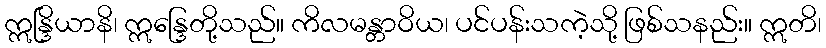
ဣန္ဒြိယာနိ၊ ဣန္ဒြေတို့သည်။ ကိလမန္တာဝိယ၊ ပင်ပန်းသကဲ့သို့ ဖြစ်သနည်း။ ဣတိ၊